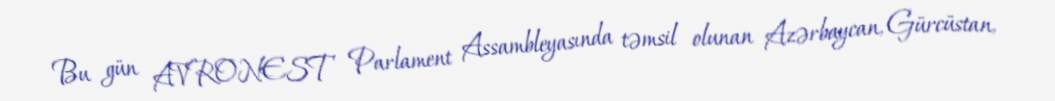
Bu gün AVRONEST Parlament Assambleyasında təmsil olunan Azərbaycan, Gürcüstan,